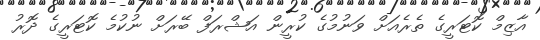
އާޒިމް ކޮޓަރީގެ ތެރެއަށް ވަނުމުގެ ކުރީން އަޝްރަފް ބޭރަށް ނުކުމެ ކޮޓަރީގެ ދޮރު